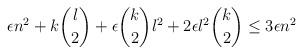
LaTeX: \begin{align*}\epsilon n^2 + k\binom{l}{2} + \epsilon \binom{k}{2}l^2 + 2\epsilon l^2 \binom{k}{2} \leq 3\epsilon n^2\end{align*}